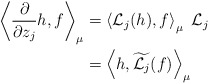
\begin{align*}\left< \frac{\partial}{\partial z_j}h, f\right>_{\mu}&=\left< \mathcal{L}_j(h), f\right>_{\mu}~ \mathcal{L}_j\\ &=\left< h, \widetilde{\mathcal{L}_j}(f)\right>_{\mu}\end{align*}